Report of the Indian Hemp Drugs Commission, 1894-1895 - Volume I
Year: 1894
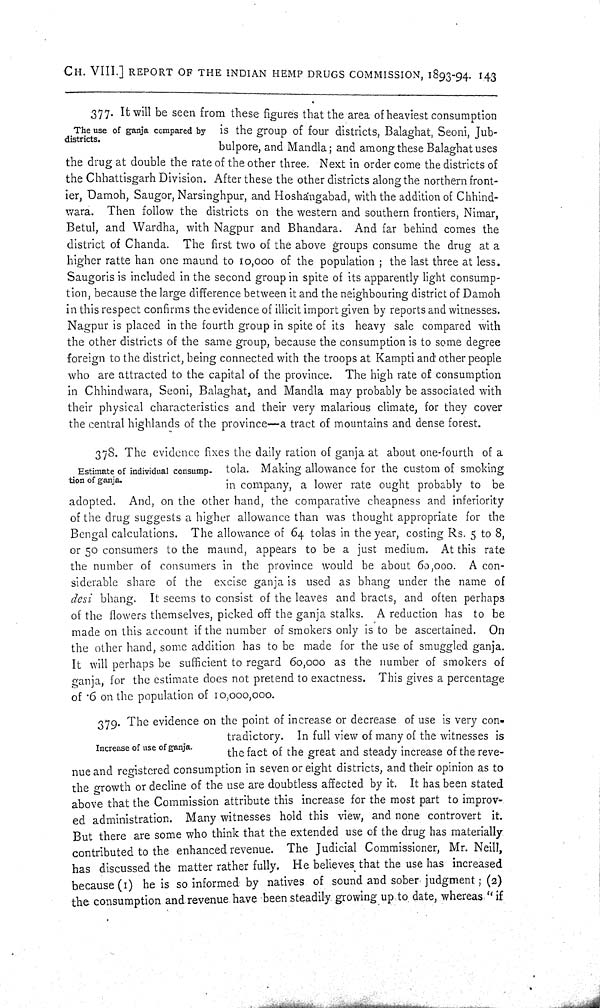
CH. VIII.] REPORT OF THE INDIAN HEMP DRUGS COMMISSION, 1893-94. 143
The use of ganja compared by
districts.
377. It will be seen from these figures that the area of heaviest consumption
is the group of four districts, Balaghat, Seoni, Jub-
bulpore, and Mandla; and among these Balaghat uses
the drug at double the rate of the other three. Next in order come the districts of
the Chhattisgarh Division. After these the other districts along the northern front-
ier, Damoh, Saugor, Narsinghpur, and Hoshangabad, with the addition of Chhind-
wara. Then follow the districts on the western and southern frontiers, Nimar,
Betul, and Wardha, with Nagpur and Bhandara. And far behind comes the
district of Chanda. The first two of the above groups consume the drug at a
higher ratte han one maund to 10,000 of the population; the last three at less.
Saugoris is included in the second group in spite of its apparently light consump-
tion, because the large difference between it and the neighbouring district of Damoh
in this respect confirms the evidence of illicit import given by reports and witnesses.
Nagpur is placed in the fourth group in spite of its heavy sale compared with
the other districts of the same group, because the consumption is to some degree
foreign to the district, being connected with the troops at Kampti and other people
who are attracted to the capital of the province. The high rate of consumption
in Chhindwara, Seoni, Balaghat, and Mandla may probably be associated with
their physical characteristics and their very malarious climate, for they cover
the central highlands of the province—a tract of mountains and dense forest.
Estimate of individual consump-
tion of ganja.
378. The evidence fixes the daily ration of ganja at about one-fourth of a
tola. Making allowance for the custom of smoking
in company, a lower rate ought probably to be
adopted. And, on the other hand, the comparative cheapness and inferiority
of the drug suggests a higher allowance than was thought appropriate for the
Bengal calculations. The allowance of 64 tolas in the year, costing Rs. 5 to 8,
or 50 consumers to the maund, appears to be a just medium. At this rate
the number of consumers in the province would be about 60,000. A con-
siderable share of the excise ganja is used as bhang under the name of
desi bhang. It seems to consist of the leaves and bracts, and often perhaps
of the flowers themselves, picked off the ganja stalks. A reduction has to be
made on this account if the number of smokers only is to be ascertained. On
the other hand, some addition has to be made for the use of smuggled ganja.
It will perhaps be sufficient to regard 60,000 as the number of smokers of
ganja, for the estimate does not pretend to exactness. This gives a percentage
of .6 on the population of 10,000,000.
Increase of use of ganja.
379. The evidence on the point of increase or decrease of use is very con-
tradictory. In full view of many of the witnesses is
the fact of the great and steady increase of the reve-
nue and registered consumption in seven or eight districts, and their opinion as to
the growth or decline of the use are doubtless affected by it. It has been stated
above that the Commission attribute this increase for the most part to improv-
ed administration. Many witnesses hold this view, and none controvert it.
But there are some who think that the extended use of the drug has materially
contributed to the enhanced revenue. The Judicial Commissioner, Mr. Neill,
has discussed the matter rather fully. He believes that the use has increased
because (I) he is so informed by natives of sound and sober judgment; (2)
the consumption and revenue have been steadily growing up to date, whereas "if